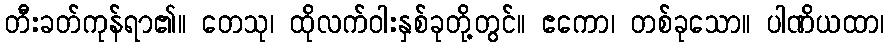
တီးခတ်ကုန်ရာ၏။ တေသု၊ ထိုလက်ဝါးနှစ်ခုတို့တွင်။ ဧကော၊ တစ်ခုသော။ ပါဏိယထာ၊